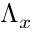
\Lambda _ { x }